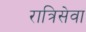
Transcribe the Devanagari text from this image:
रात्रिसेवा